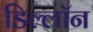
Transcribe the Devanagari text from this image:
डिल्लॉन